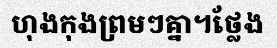
ហុងកុងព្រមៗគ្នា។ថ្លែង